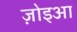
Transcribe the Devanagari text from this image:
ज़ोइआ